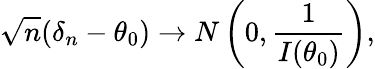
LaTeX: {\sqrt{n}}(\delta_{n}-\theta_{0})\to N\left(0,{\frac{1}{I(\theta_{0})}}\right),